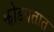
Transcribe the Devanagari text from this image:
झोडपतात